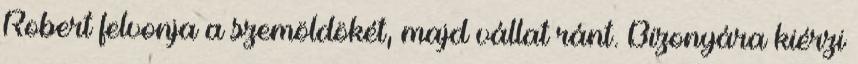
Robert felvonja a szemöldökét, majd vállat ránt. Bizonyára kiérzi